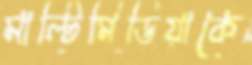
মাল্টিমিডিয়াকে